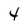
Character: 4